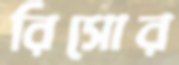
রিসোর